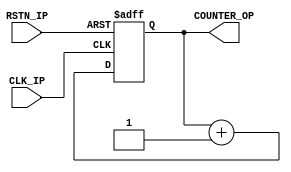
`timescale 1ns / 1ps
//////////////////////////////////////////////////////////////////////////////////
// Company: 
// Engineer: 
// 
// Design Name: 
// Module Name: hardware_counter
// Project Name: 
// Target Devices: 
// Tool Versions: 
// Description: 
// 
// Dependencies: 
// 
// Revision:
// Revision 0.01 - File Created
// Additional Comments:
// 
//////////////////////////////////////////////////////////////////////////////////

module hardware_counter(
    input CLK_IP,
    input RSTN_IP,
    output [31:0] COUNTER_OP
);

    reg [31:0] cycles;

    always @(posedge CLK_IP or negedge RSTN_IP) begin
        if(!RSTN_IP)begin
            cycles <= 32'd0;
        end else begin
            cycles <= cycles + 1;
        end
    end

    assign COUNTER_OP = cycles;

endmodule